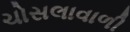
ચોસલાવાળી